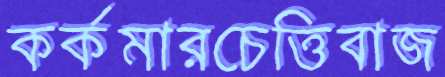
কর্কমারচেত্তিবাজ